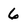
Character: 6